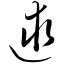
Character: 逑